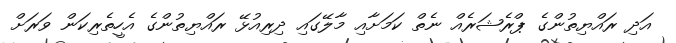
އަދި ރައްޔިތުންގެ ޕްރެޝަރެއް ނެތް ކަމަށާއި މާލޭގައި ދިރިއުޅޭ ރައްޔިތުންގެ އެހީތެރިކަން ވަރަށް